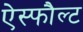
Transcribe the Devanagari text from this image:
ऐस्फौल्ट